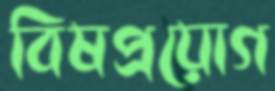
বিষপ্রয়োগ